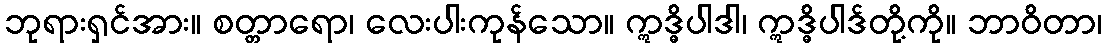
ဘုရားရှင်အား။ စတ္တာရော၊ လေးပါးကုန်သော။ ဣဒ္ဓိပါဒါ၊ ဣဒ္ဓိပါဒ်တို့ကို။ ဘာဝိတာ၊